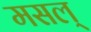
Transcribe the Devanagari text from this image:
मसल्‌